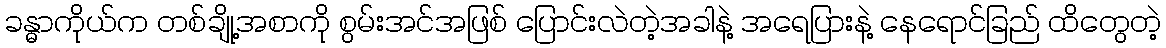
ခန္ဓာကိုယ်က တစ်ချို့အစာကို စွမ်းအင်အဖြစ် ပြောင်းလဲတဲ့အခါနဲ့ အရေပြားနဲ့ နေရောင်ခြည် ထိတွေတဲ့